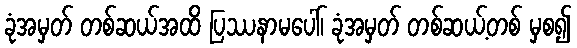
ခုံအမှတ် တစ်ဆယ်အထိ ပြဿနာမပေါ်၊ ခုံအမှတ် တစ်ဆယ့်တစ် မှစ၍